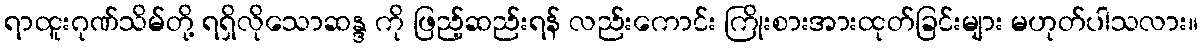
ရာထူးဂုဏ်သိမ်တို့ ရရှိလိုသောဆန္ဒ ကို ဖြည့်ဆည်းရန် လည်းကောင်း ကြိုးစားအားထုတ်ခြင်းများ မဟုတ်ပါသလား။